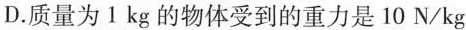
D.质量为1kg的物体受到的重力是10N/kg